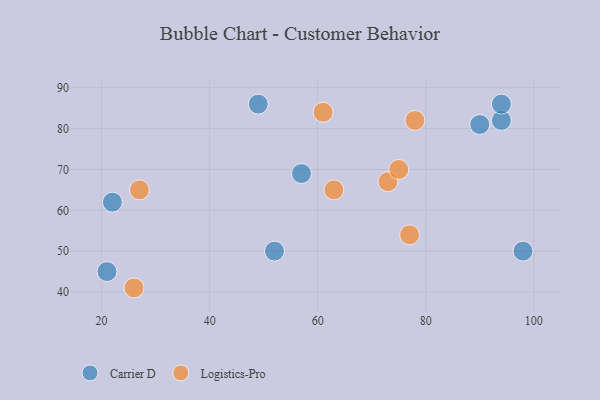
{"axis": {"x": "GDP", "y": "Life Expectancy"}, "legend": ["Carrier D", "Logistics-Pro"], "data": [{"x": "52", "y": 50, "type": "Carrier D"}, {"x": "57", "y": 69, "type": "Carrier D"}, {"x": "94", "y": 82, "type": "Carrier D"}, {"x": "94", "y": 86, "type": "Carrier D"}, {"x": "98", "y": 50, "type": "Carrier D"}, {"x": "49", "y": 86, "type": "Carrier D"}, {"x": "22", "y": 62, "type": "Carrier D"}, {"x": "90", "y": 81, "type": "Carrier D"}, {"x": "21", "y": 45, "type": "Carrier D"}, {"x": "73", "y": 67, "type": "Logistics-Pro"}, {"x": "26", "y": 41, "type": "Logistics-Pro"}, {"x": "78", "y": 82, "type": "Logistics-Pro"}, {"x": "27", "y": 65, "type": "Logistics-Pro"}, {"x": "63", "y": 65, "type": "Logistics-Pro"}, {"x": "77", "y": 54, "type": "Logistics-Pro"}, {"x": "75", "y": 70, "type": "Logistics-Pro"}, {"x": "61", "y": 84, "type": "Logistics-Pro"}]}